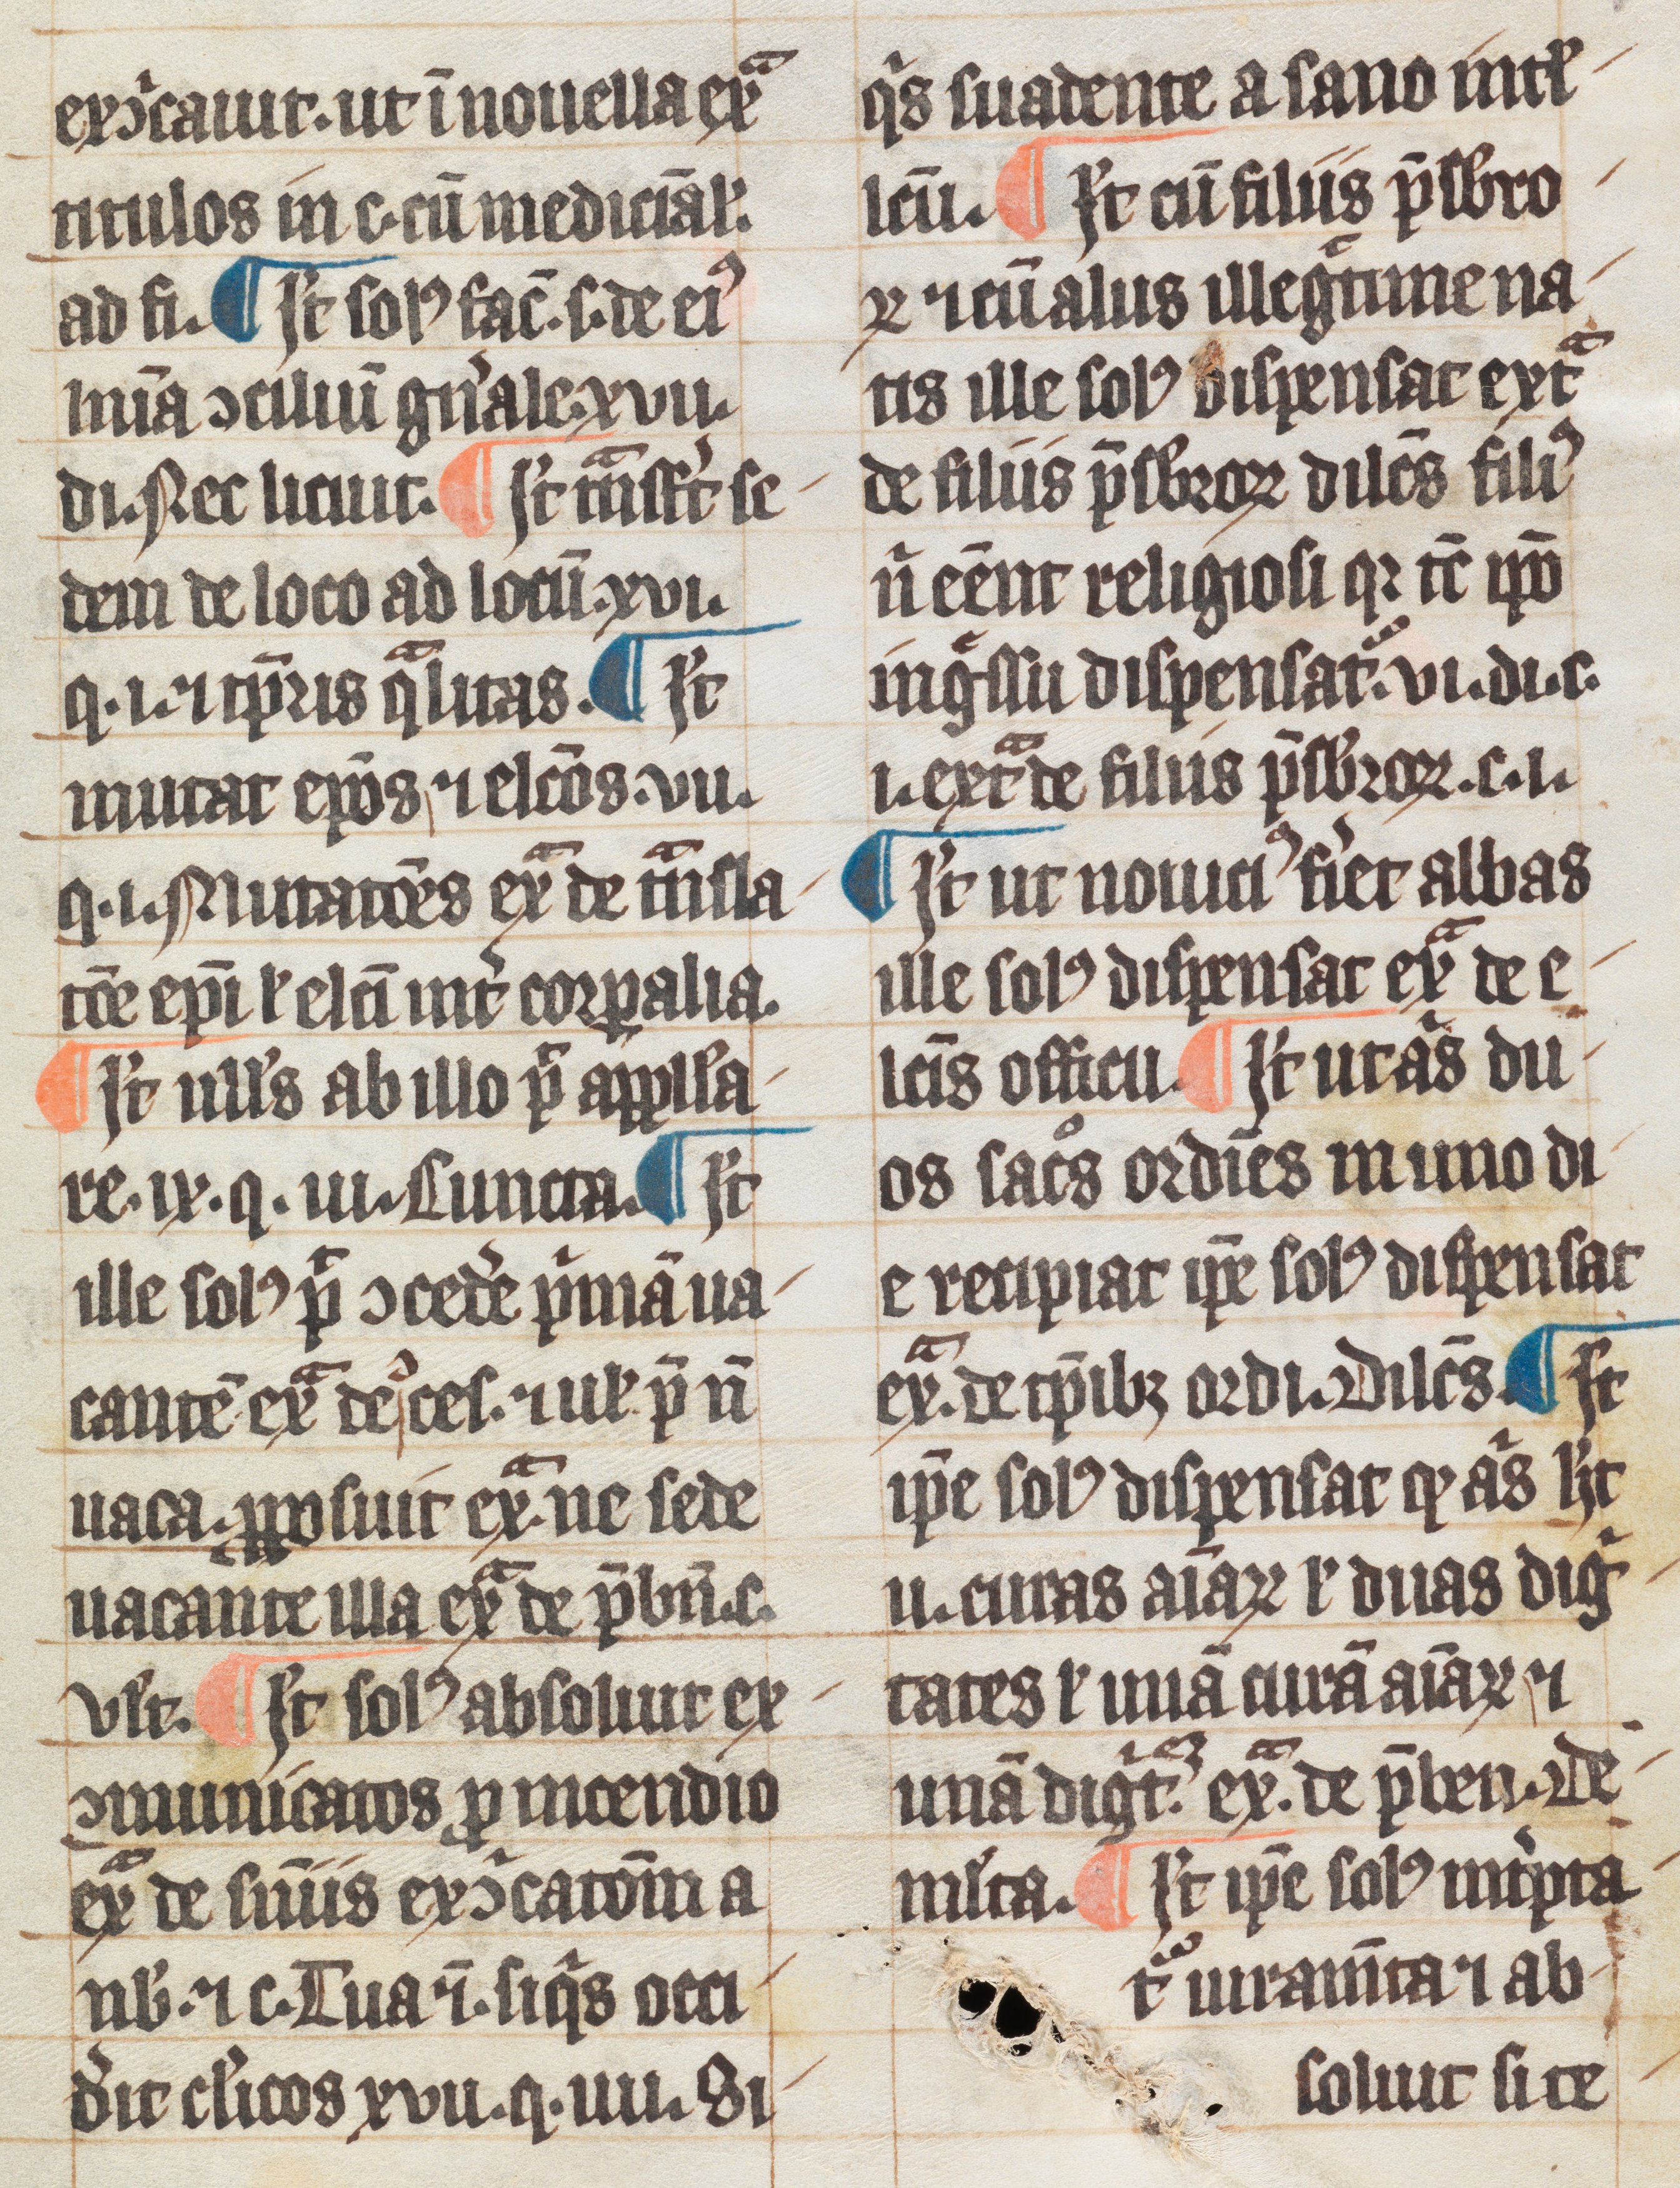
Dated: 1300–1399